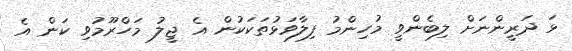
ޅަ ދަރީންނަށް ލިބެންވީ މުހިންމު ފިލާވަޅުތަކަކުން އެ ޖީލު މަހްރޫމުވި ކަން އެ